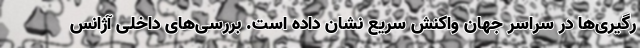
رگیری‌ها در سراسر جهان واکنش سریع نشان داده است. بررسی‌های داخلی آژانس